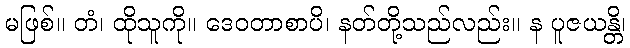
မဖြစ်။ တံ၊ ထိုသူကို။ ဒေဝတာစာပိ၊ နတ်တို့သည်လည်း။ န ပူဇယန္တိ၊